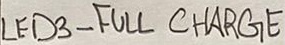
Text: LED3 - FULL CHARGE